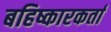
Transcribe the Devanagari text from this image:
बहिष्कारकर्ता